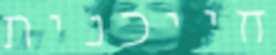
חייכנית